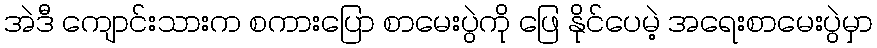
အဲဒီ ကျောင်းသားက စကားပြော စာမေးပွဲကို ဖြေ နိုင်ပေမဲ့ အရေးစာမေးပွဲမှာ